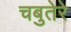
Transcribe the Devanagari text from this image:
चबुतेरे